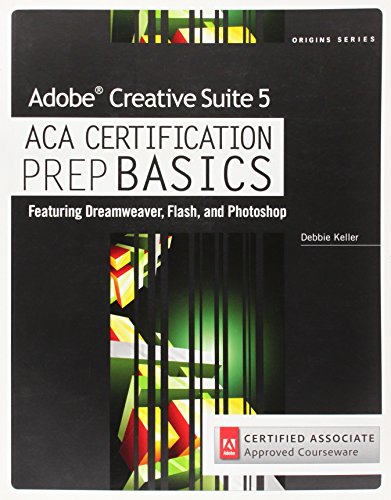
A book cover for Adobe Creative Suite 5 ACA Certification Preparation: Featuring Dreamweaver, Flash and Photoshop; Debra Keller; Computers & Technology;